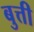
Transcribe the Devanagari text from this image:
बुत्ती